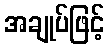
အချုပ်ဖြင့်